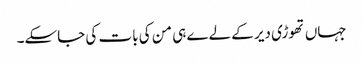
جہاں تھوڑی دیر کے لےے ہی من کی بات کی جاسکے۔